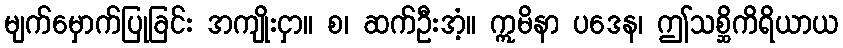
မျက်မှောက်ပြုခြင်း အကျိုးငှာ။ စ၊ ဆက်ဦးအံ့။ ဣမိနာ ပဒေန၊ ဤသစ္ဆိကိရိယာယ